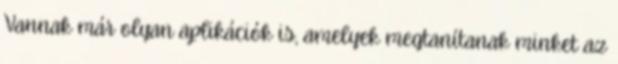
Vannak már olyan aplikációk is, amelyek megtanítanak minket az